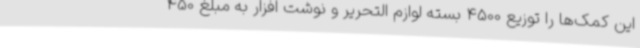
این کمک‌ها را توزیع 4500 بسته لوازم التحریر و نوشت افزار به مبلغ 450